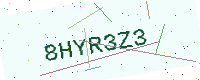
Text: 8HYR3Z3